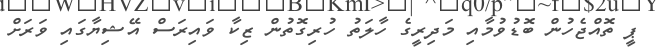
ޕީ ތޮއްޖެހުން ބޮޑުވުމާއި މަދިރީގެ ހާލަތު ހުރިގޮތުން ޒިކާ ވައިރަސް އޭޝިޔާގައި ވަރަށް